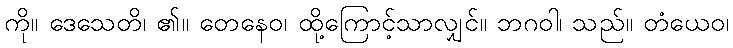
ကို။ ဒေသေတိ၊ ၏။ တေနေဝ၊ ထို့ကြောင့်သာလျှင်။ ဘဂဝါ၊ သည်။ တံယေဝ၊